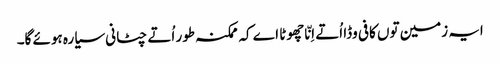
ایہ زمین تو‏ں کافی وڈا اُتے اِنّا چھوٹا اے کہ ممکنہ طور اُتے چٹانی سیارہ ہوئے گا۔